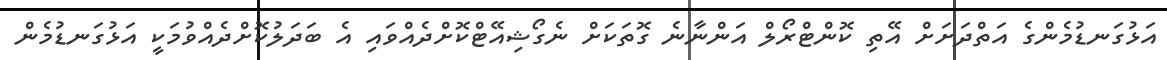
އަޅުގަނޑުމެންގެ އަތްދަށަށް އޭތި ކޮންޓްރޯލް އަންނާނެ ގޮތަކަށް ނެގޯޝިއޭޓްކޮށްދެއްވައި އެ ބަދަލުކޮށްދެއްވުމަކީ އަޅުގަނޑުމެން